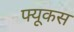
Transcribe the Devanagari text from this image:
फ्यूकस